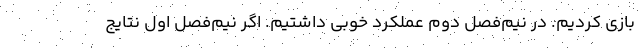
بازی کردیم. در نیم‌فصل دوم عملکرد خوبی داشتیم. اگر نیم‌فصل اول نتایج